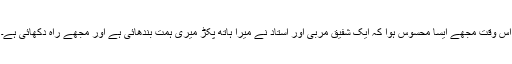
اس وقت مجھے ایسا محسوس ہوا کہ ایک شفیق مربی اور استاد نے میرا ہاتھ پکڑ میری ہمت بندھائی ہے اور مجھے راہ دکھائی ہے۔